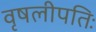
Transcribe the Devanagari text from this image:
वृषलीपतिः